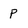
Character: P